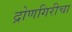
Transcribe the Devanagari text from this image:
द्रोणगिरीचा